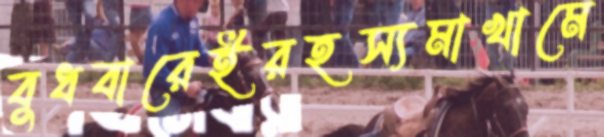
বুধবারেইরহস্যমাখামে